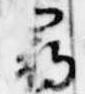
尋